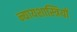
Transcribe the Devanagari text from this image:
न्यायशास्त्रियों